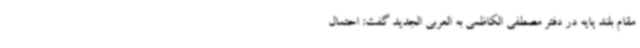
مقام بلند پایه در دفتر مصطفی الکاظمی به العربی الجدید گفت: احتمال